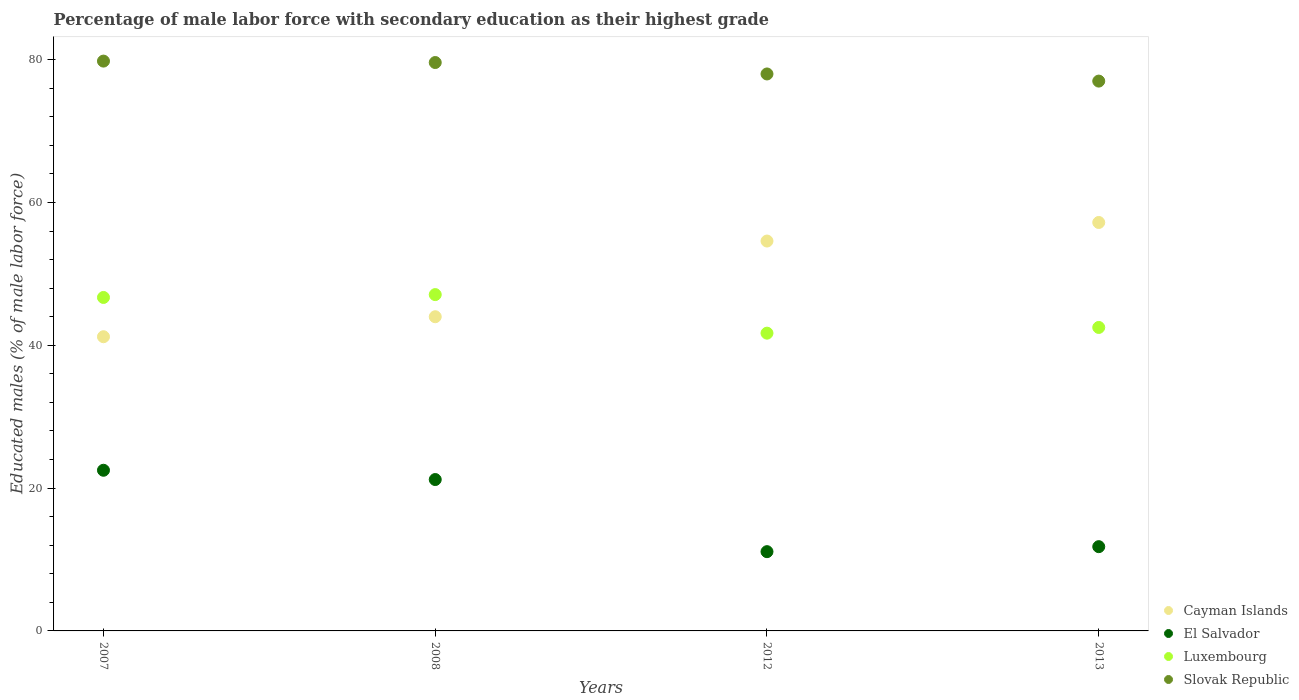
| Years | Cayman Islands | El Salvador | Luxembourg | Slovak Republic |
 | --- | --- | --- | --- | --- |
 | 2007 | 41.2 | 22.5 | 46.7 | 79.8 |
 | 2008 | 44 | 21.2 | 47.1 | 79.6 |
 | 2012 | 54.6 | 11.1 | 41.7 | 78 |
 | 2013 | 57.2 | 11.8 | 42.5 | 77 |